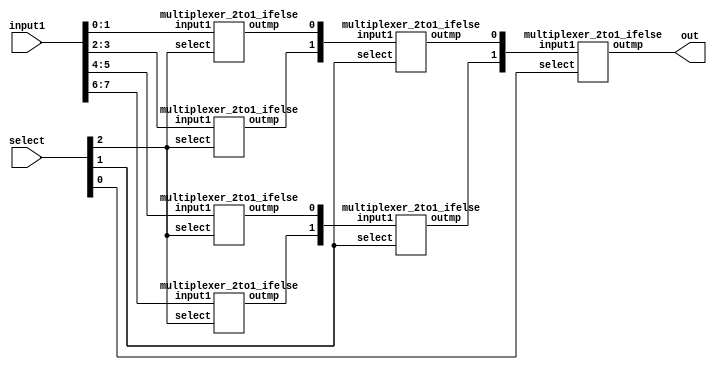

module multiplexer_8to1(out, input1, select);


output out;
input [7:0]input1;
input [2:0]select;
wire [5:0] interconnections;
multiplexer_2to1_ifelse m2t11 (.outmp(interconnections[0]), .input1(input1[1:0]), .select(select[2]));
multiplexer_2to1_ifelse m2t12 (.outmp(interconnections[1]), .input1(input1[3:2]), .select(select[2]));
multiplexer_2to1_ifelse m2t13 (.outmp(interconnections[2]), .input1(input1[5:4]), .select(select[2]));
multiplexer_2to1_ifelse m2t14 (.outmp(interconnections[3]), .input1(input1[7:6]), .select(select[2]));
multiplexer_2to1_ifelse m2t15 (.outmp(interconnections[4]), .input1(interconnections[1:0]), .select(select[1]));
multiplexer_2to1_ifelse m2t16 (.outmp(interconnections[5]), .input1(interconnections[3:2]), .select(select[1]));
multiplexer_2to1_ifelse m2t17 (.outmp(out), .input1(interconnections[5:4]), .select(select[0]));

endmodule

module multiplexer_2to1_ifelse(outmp, input1, select);


output reg outmp;
input [1:0]input1;
input select;


always @(*)
  if (select == 1'b1) begin
    outmp = input1[1];
  
  end else begin
    outmp = input1[0];
  
  end

endmodule


module multiplexer_8to1_test;

  //inputs
  reg [7:0]input1;
  reg [2:0]select;

  
  //outputs
  wire out;

  //instantiat unit under test
  multiplexer_8to1 mp(.out(out), .input1(input1), .select(select));

  initial begin
  
    input1 = 8'b10110110;  
        
    select = 3'b000;
    #2 select = 3'b001;
    #2 select = 3'b010;
    #2 select = 3'b011;
    #2 select = 3'b100;
    #2 select = 3'b101;
    #2 select = 3'b110;
    #2 select = 3'b111;
  
  end

  initial begin
    $dumpfile("multiplexer_8to1.vcd");
    $dumpvars(0, multiplexer_8to1_test);
    $monitor("time=%g,out =%b,output=%b,select=%b", $time, out, input1, select);
  end
  initial #30 $finish; 


endmodule